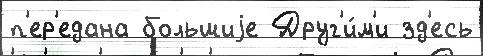
п'ер'едана большиjе Друг'и́м'и зд'есь